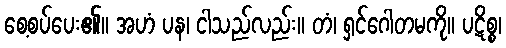
စေ့စပ်ပေး၏။ အဟံ ပန၊ ငါသည်လည်း။ တံ၊ ရှင်ဂေါတမကို။ ပဋိစ္စ၊